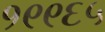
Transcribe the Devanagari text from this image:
१९९६५